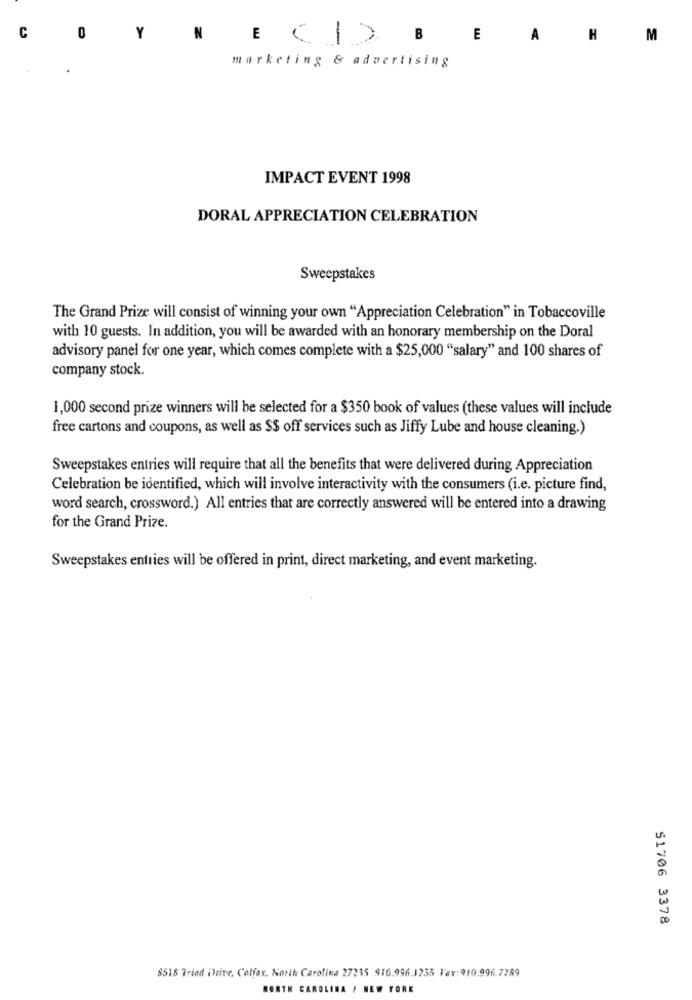
C
0
Y
N
E < > B
E
A
H
M
marketing & advertising
IMPACT EVENT 1998
DORAL APPRECIATION CELEBRATION
Sweepstakes
The Grand Prize will consist of winning your own "Appreciation Celebration" in Tobaccoville
with 10 guests. In addition, you will be awarded with an honorary membership on the Doral
advisory panel for one year, which comes complete with a $25,000 "salary" and 100 shares of
company stock.
1,000 second prize winners will be selected for a $350 book of values (these values will include
free cartons and coupons, as well as $$ off services such as Jiffy Lube and house cleaning.)
Sweepstakes entries will require that all the benefits that were delivered during Appreciation
Celebration be identified, which will involve interactivity with the consumers (i.e. picture find,
word search, crossword.) All entries that are correctly answered will be entered into a drawing
for the Grand Prize.
Sweepstakes entries will be offered in print, direct marketing, and event marketing.
51706 3378
8518 Triad Drive, Colfax, North Carolina 27235 916.996.1235 Fax:910.996.7789
NORTH CAROLINA / NEW YORK